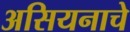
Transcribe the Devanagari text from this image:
असियनाचे